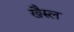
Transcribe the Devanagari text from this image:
खैरुल